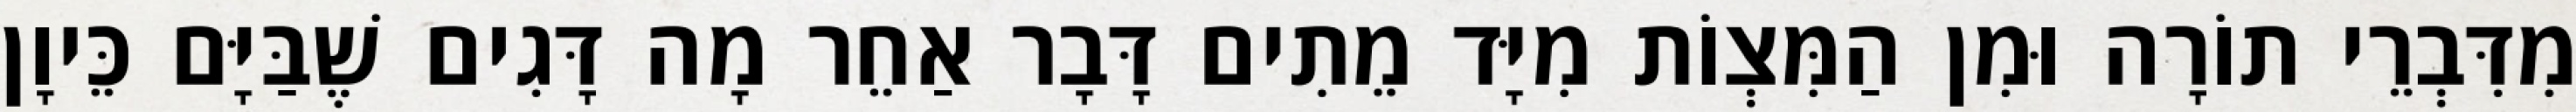
מִדִּבְרֵי תוֹרָה וּמִן הַמִּצְוֹת מִיָּד מֵתִים דָּבָר אַחֵר מָה דָּגִים שֶׁבַּיָּם כֵּיוָן